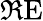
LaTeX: \Re\mathrm{E}